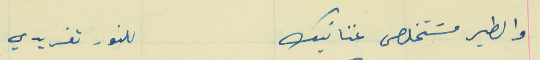
والطير مسَتخلص غنانيك                                          للنور تغريدي